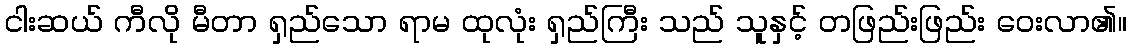
ငါးဆယ် ကီလို မီတာ ရှည်သော ရာမ ထုလုံး ရှည်ကြီး သည် သူနှင့် တဖြည်းဖြည်း ဝေးလာ၏။